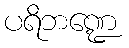
ပရိဘဏ္ဍေ